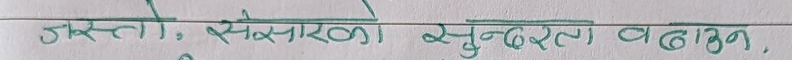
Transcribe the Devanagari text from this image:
जस्तो, संसारको सुन्दरता बढाउन.